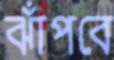
ঝাঁপবে